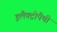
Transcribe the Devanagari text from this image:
इलैक्ट्रोपैथी